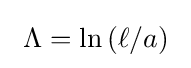
\ \Lambda =\ln \left(\ell /a\right)\